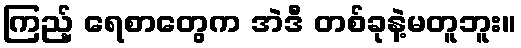
ကြည့် ရေစာတွေက အဲဒီ တစ်ခုနဲ့မတူဘူး။